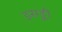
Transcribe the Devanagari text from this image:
इसङ्की